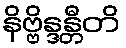
နိဗ္ဗိန္ဒန္တီတိ